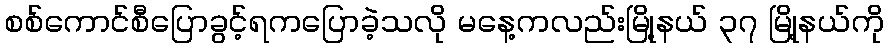
စစ်ကောင်စီပြောခွင့်ရကပြောခဲ့သလို မနေ့ကလည်းမြို့နယ် ၃၇ မြို့နယ်ကို